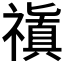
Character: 𥛺